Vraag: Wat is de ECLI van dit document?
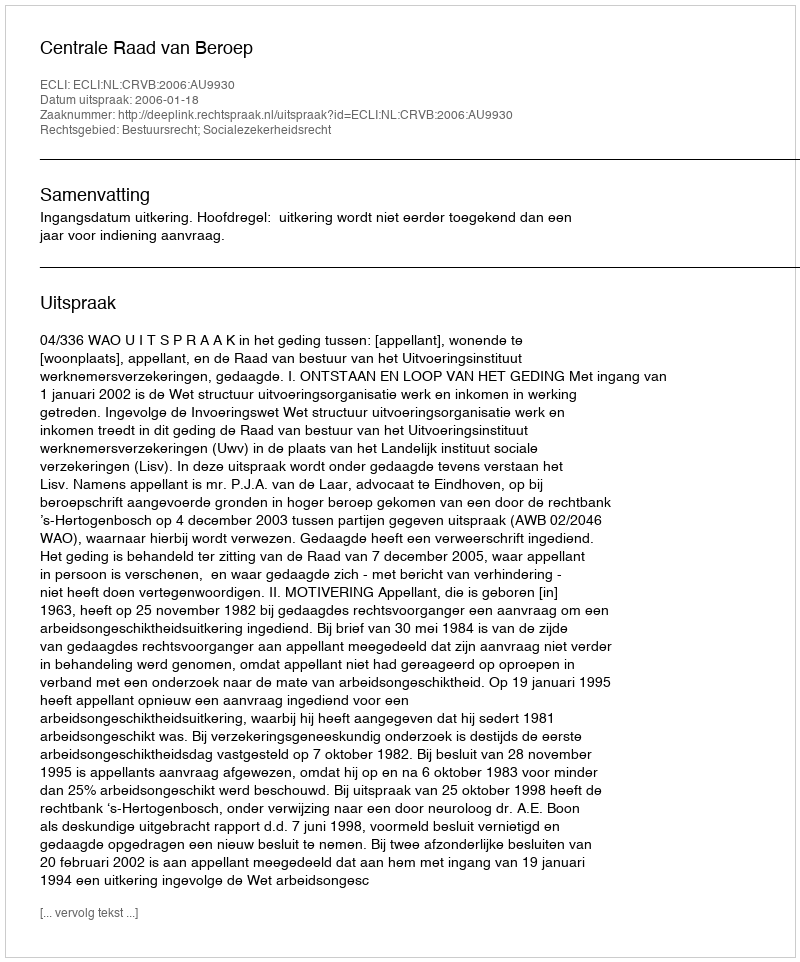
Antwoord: ECLI:NL:CRVB:2006:AU9930